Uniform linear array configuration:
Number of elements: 64
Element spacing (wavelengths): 0.75
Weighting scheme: binomial
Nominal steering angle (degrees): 30
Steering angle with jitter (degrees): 30.498
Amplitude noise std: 0.05
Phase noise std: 0.05

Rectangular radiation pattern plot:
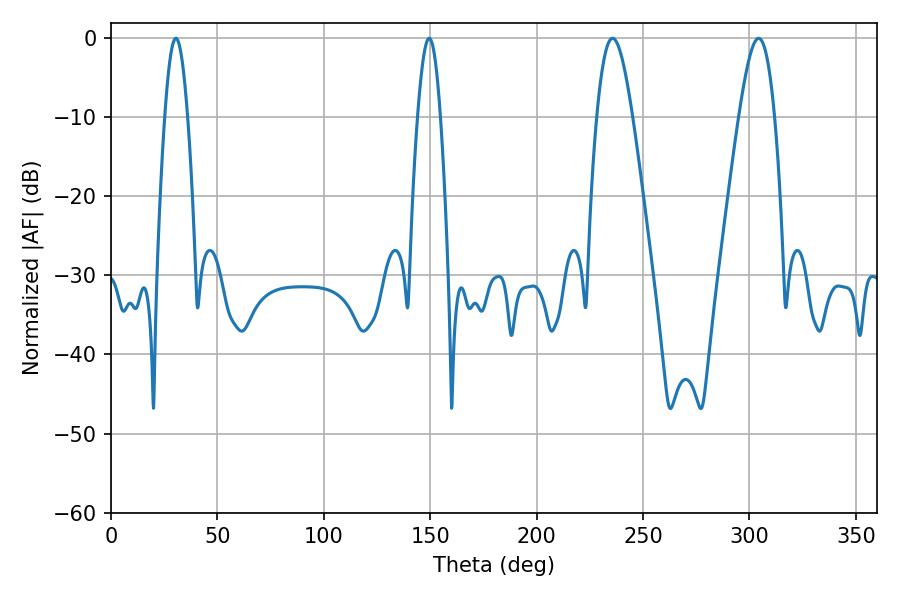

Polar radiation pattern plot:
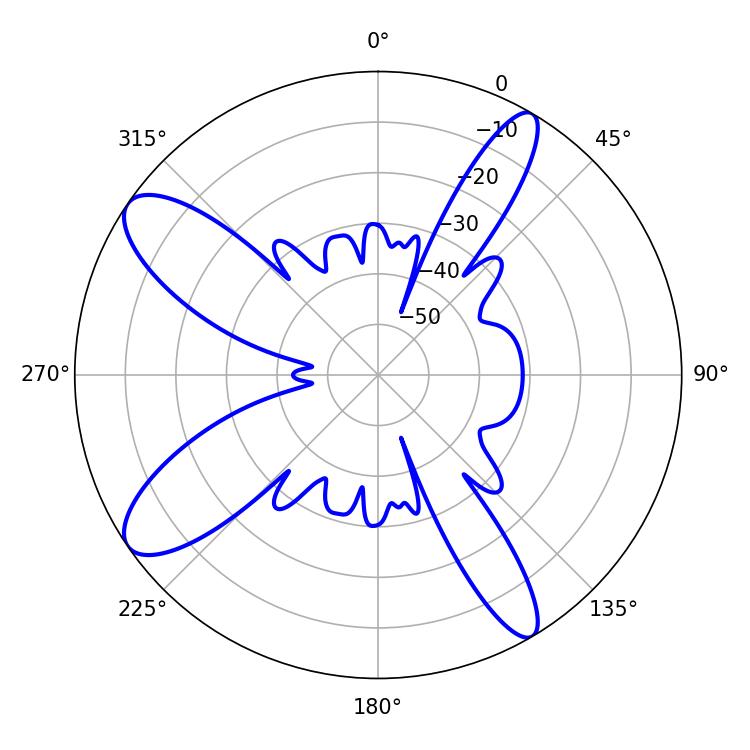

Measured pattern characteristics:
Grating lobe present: TRUE
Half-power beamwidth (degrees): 9
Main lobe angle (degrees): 235.62